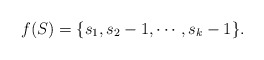
\begin{align*}f(S)=\{s_1,s_2-1,\cdots,s_k-1\}.\end{align*}